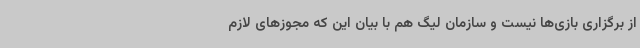
از برگزاری بازی‌ها نیست و سازمان لیگ هم با بیان این که مجوزهای لازم